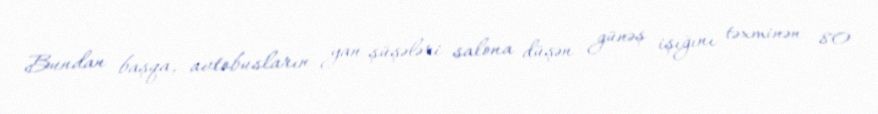
Bundan başqa, avtobusların yan şüşələri salona düşən günəş işığını təxminən 80